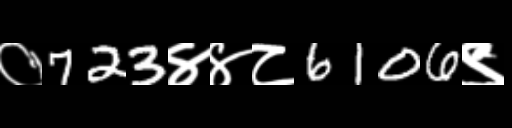
Text: ०723४४८6106९